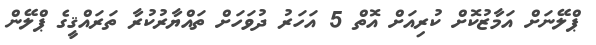
ޕްލޭނަށް އަމާޒުކޮށް ކުރިއަށް އޮތް 5 އަހަރު ދުވަހަށް ތައްޔާރުކުރާ ތަރައްޤީގެ ޕްލޭން